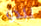
يبدو